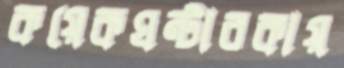
কয়েকঘন্টারকায়